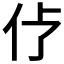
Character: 𱎢